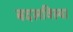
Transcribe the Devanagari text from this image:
बदलविल्या